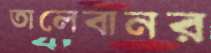
তালেবানর